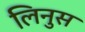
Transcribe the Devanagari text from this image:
लिनुस